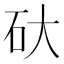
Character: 𮀋